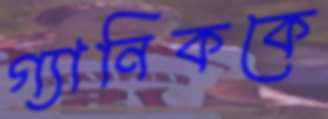
গ্যানিককে